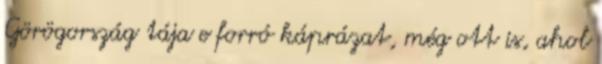
Görögország tája e forró káprázat, még ott is, ahol